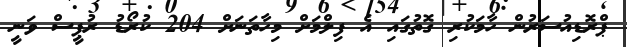
ޕްރޮޑިއުސަރުން ހާމަކުރި ގޮތުގައި އެ ފިލްމަށް މިހާތަނަށް 204 ކުރޯޑު ރުޕީސް ވަނީ